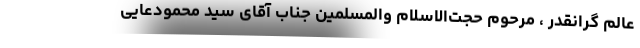
عالم گرانقدر ، مرحوم حجّت‌الاسلام والمسلمین جناب آقای سید محمو‌دعایی